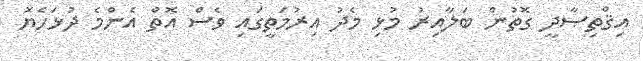
އިޤްތިޞާދީ ގޮތުން ބަލާއިރު މުޅި މެދު އިރުމަތީގައި ވެސް އޮތް އެންމެ ދުޅަހެޔޮ